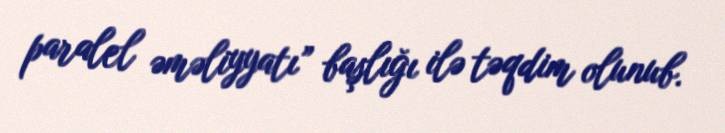
paralel əməliyyatı” başlığı ilə təqdim olunub.